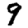
Digit: 9